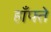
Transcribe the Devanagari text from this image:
हाँफ्ते